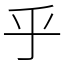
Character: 乎